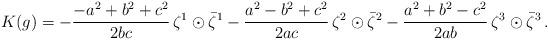
LaTeX: \begin{align*}K(g) = -\frac{{-a^2+b^2+c^2}}{2bc} \, \zeta^1 \odot \bar \zeta^1 - \frac{a^2-b^2+c^2}{2ac} \, \zeta^2 \odot \bar \zeta^2 -\frac{a^2+b^2-c^2}{2ab} \, \zeta^3\odot \bar \zeta^3\,.\end{align*}